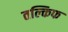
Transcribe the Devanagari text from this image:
तल्किफ